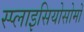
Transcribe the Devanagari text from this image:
स्प्लाइसियोसोमों